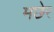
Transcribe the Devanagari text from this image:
मछेर